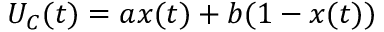
U _ { C } ( t ) = a x ( t ) + b ( 1 - x ( t ) )